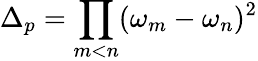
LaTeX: \Delta_{p}=\prod_{m<n}(\omega_{m}-\omega_{n})^{2}